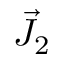
{ \vec { J } } _ { 2 }